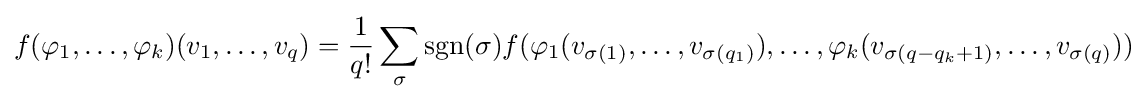
f(\varphi _{1},\dotsc ,\varphi _{k})(v_{1},\dotsc ,v_{q})={1 \over q!}\sum _{\sigma }\operatorname {sgn} (\sigma )f(\varphi _{1}(v_{\sigma (1)},\dotsc ,v_{\sigma (q_{1})}),\dotsc ,\varphi _{k}(v_{\sigma (q-q_{k}+1)},\dotsc ,v_{\sigma (q)}))